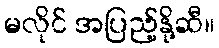
မလိုင် အပြည့်နို့ဆီ။